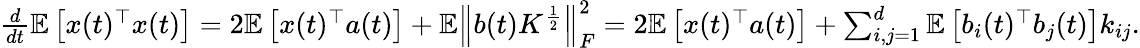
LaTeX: \begin{array}{r}{\frac{d}{dt}\mathbb E\left[x(t)^{\top}x(t)\right]=2\mathbb E\left[x(t)^{\top}a(t)\right]+\mathbb E\left\| b(t)K^{\frac{1}{2}}\right\| _{F}^{2}=2\mathbb E\left[x(t)^{\top}a(t)\right]+\sum_{i,j=1}^{d}\mathbb E\left[b_{i}(t)^{\top}b_{j}(t)\right]k_{ij}.}\end{array}